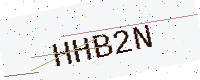
Text: HHB2N